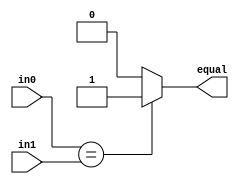
/*
Comparator.v

Thomas Sowders

Comparator: evaluates whether two signals are equal.
*/



/* 

Comparator
Thomas Sowders

Compares two signals, and outputs whether they are equal in all bit positions.

Inputs:
in0, in1 -- Each is a 32-bit unsigned integer value

Outputs:
equal -- High if the inputs are equal in all bit positions, low otherwise.
*/

module Comparator (in0, in1, equal);
	//Declare ports
	input [31:0] in0, in1;
	output equal;
	
	//Output high if the inputs are equal in all bit positions, low otherwise
	assign equal = (in0 == in1)? 1 : 0;
	
endmodule